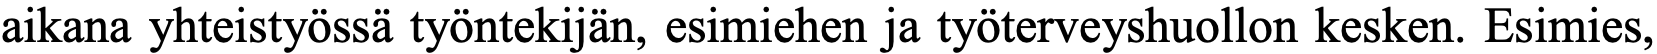
aikana yhteistyössä työntekijän, esimiehen ja työterveyshuollon kesken. Esimies,